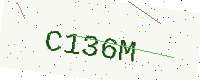
Text: C136M